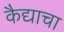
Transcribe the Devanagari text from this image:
कैद्याचा